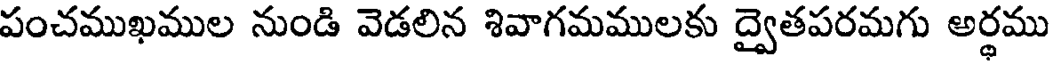
పంచముఖముల నుండి వెడలిన శివాగమములకు ద్వైతపరమగు అర్ధము